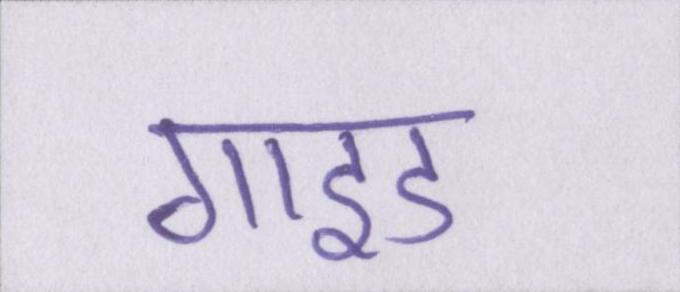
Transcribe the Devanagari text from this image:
गाइड